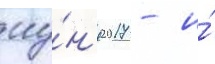
иу́н'я 2017 - и́